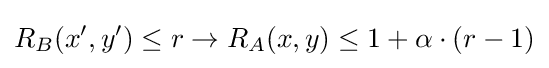
R_{B}(x',y')\leq r\rightarrow R_{A}(x,y)\leq 1+\alpha \cdot (r-1)